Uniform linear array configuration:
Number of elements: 16
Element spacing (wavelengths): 0.75
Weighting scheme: kaiser
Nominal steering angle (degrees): -45
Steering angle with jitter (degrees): -45.29
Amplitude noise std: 0.05
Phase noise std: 0.05

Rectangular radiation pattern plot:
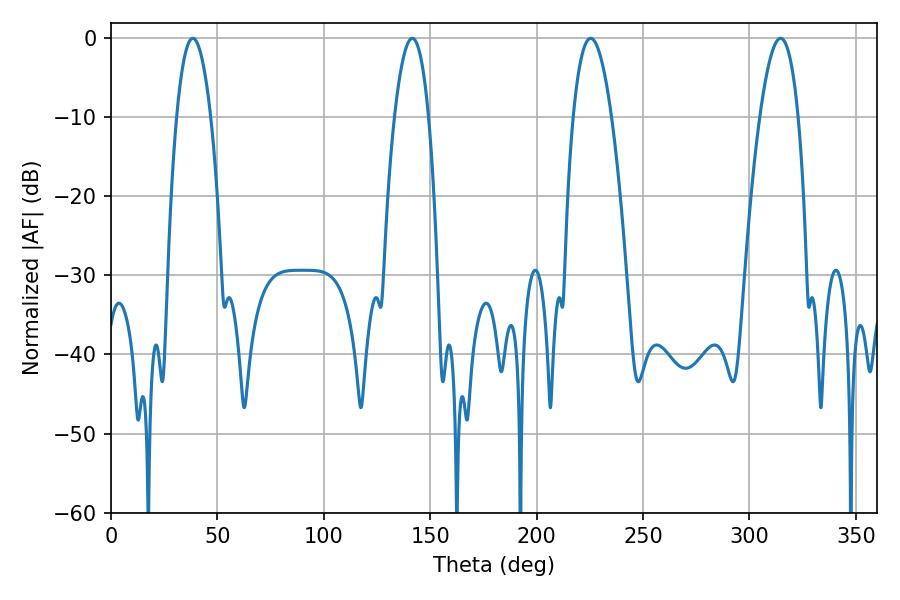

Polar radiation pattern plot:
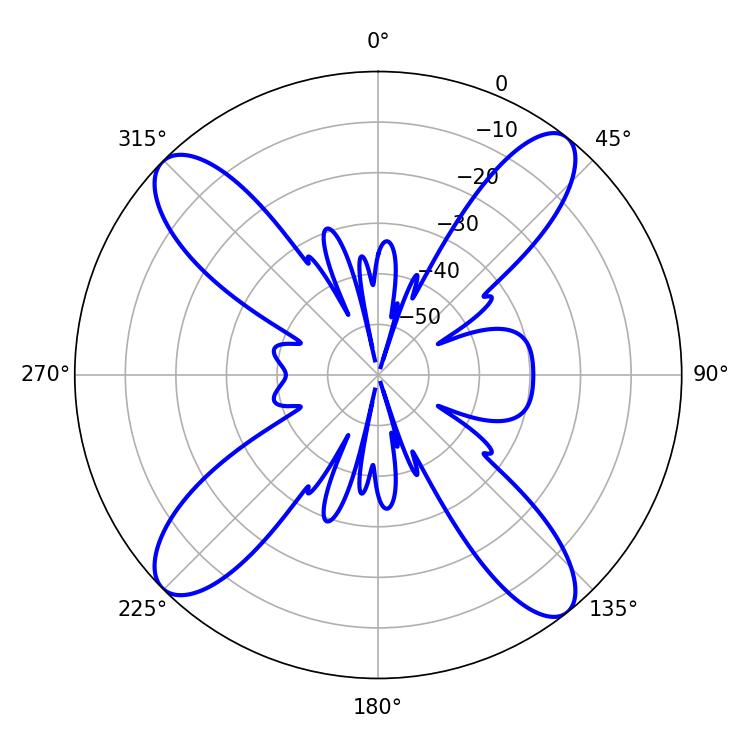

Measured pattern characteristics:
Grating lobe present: TRUE
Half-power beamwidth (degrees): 9.9
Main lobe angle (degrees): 225.36